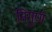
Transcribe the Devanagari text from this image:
निगुर्ण